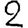
Digit: 2